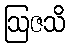
ဩဇသိ